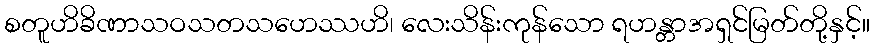
စတူဟိခိဏာသဝသတသဟေဿဟိ၊ လေးသိန်းကုန်သော ရဟန္တာအရှင်မြတ်တို့နှင့်။